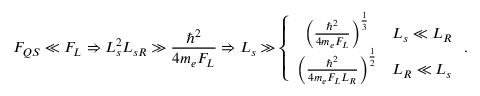
F _ { Q S } \ll F _ { L } \Rightarrow L _ { s } ^ { 2 } L _ { s R } \gg \frac { \hbar ^ { 2 } } { 4 m _ { e } F _ { L } } \Rightarrow L _ { s } \gg \left\{ \begin{array} { c c } { \left( \frac { \hbar ^ { 2 } } { 4 m _ { e } F _ { L } } \right) ^ { \frac { 1 } { 3 } } } & { L _ { s } \ll L _ { R } } \\ { \left( \frac { \hbar ^ { 2 } } { 4 m _ { e } F _ { L } L _ { R } } \right) ^ { \frac { 1 } { 2 } } } & { L _ { R } \ll L _ { s } } \end{array} \right. .